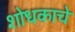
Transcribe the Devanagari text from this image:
शोधकाचे